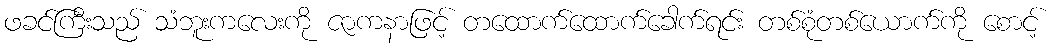
ဖခင်ကြီးသည် သံဘူးကလေးကို ဇာကနာဖြင့် တထောက်ထောက်ခေါက်ရင်း တစ်စုံတစ်ယောက်ကို စောင့်